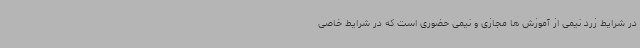
در شرایط زرد نیمی از آموزش ها مجازی و نیمی حضوری است که در شرایط خاصی